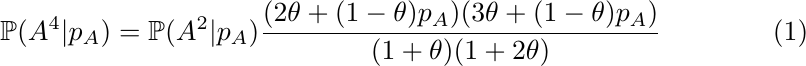
\begin{equation}
    \mathbb{P}(A^4|p_A)=\mathbb{P}(A^2|p_A)\frac{(2\theta+(1-\theta)p_A)(3\theta+(1-\theta)p_A)}{(1+\theta)(1+2\theta)}
\end{equation}